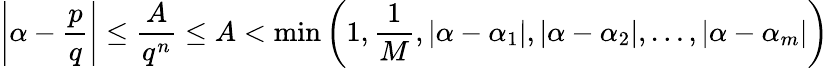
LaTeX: \left|\alpha-{\frac{p}{q}}\right|\leq{\frac{A}{q^{n}}}\leq A<\operatorname*{min}\left(1,{\frac{1}{M}},\left|\alpha-\alpha_{1}\right|,\left|\alpha-\alpha_{2}\right|,\ldots,\left|\alpha-\alpha_{m}\right|\right)